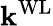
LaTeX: \mathbf{k}^{\mathrm{{WL}}}